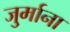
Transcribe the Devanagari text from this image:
जु्र्माना